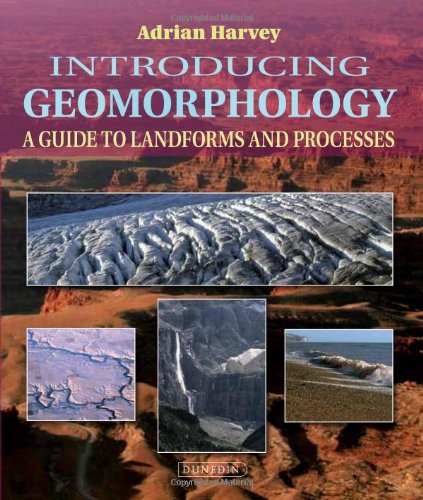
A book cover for Introducing Geomorphology: A Guide to Landforms and Processes; Adrian Harvey; Science & Math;